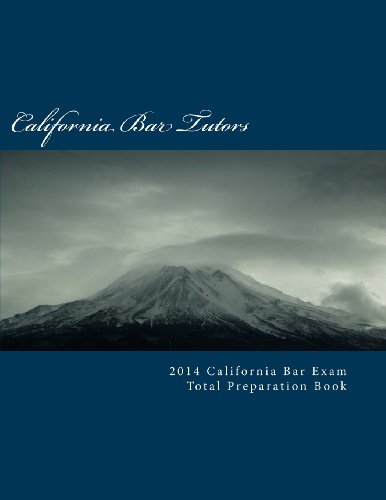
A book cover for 2014 California Bar Exam Total Preparation Book; California Bar Tutors; Test Preparation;